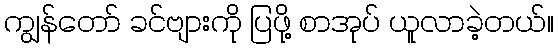
ကျွန်တော် ခင်ဗျားကို ပြဖို့ စာအုပ် ယူလာခဲ့တယ်။